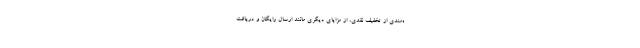
ه‌مندی از تخفیف نقدی، از مزایای دیگری مانند ارسال رایگان و دریافت